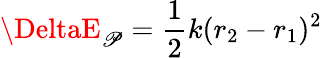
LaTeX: \DeltaE_{\mathscr{P}}={\frac{{1}}{{2}}}k(r_{2}-r_{1})^{2}